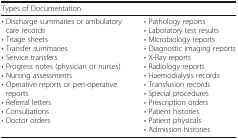
<table><thead><tr><td colspan="2"><b>Types of Documentation</b></td></tr></thead><tbody><tr><td>• Discharge summaries or ambulatory care records• Triage sheets• Transfer summaries• Service transfers• Progress notes (physician or nurses)• Nursing assessments• Operative reports or peri-operative reports• Referral letters• Consultations• Doctor orders</td><td>• Pathology reports• Laboratory test results• Microbiology reports• Diagnostic imaging reports• X-Ray reports• Radiology reports• Haemodialysis records• Transfusion records• Special procedures• Prescription orders• Patient histories• Patient physicals• Admission histories</td></tr></tbody></table>